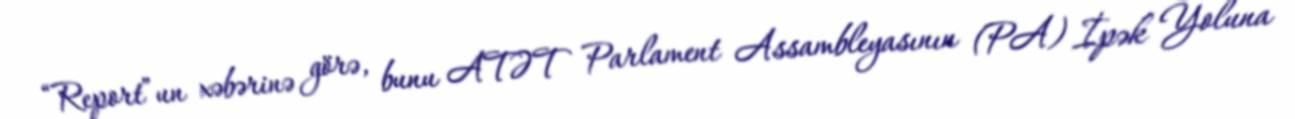
“Report”un xəbərinə görə, bunu ATƏT Parlament Assambleyasının (PA) İpək Yoluna